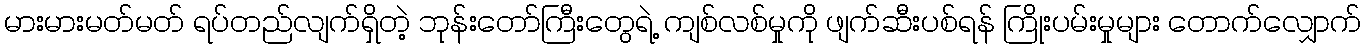
မားမားမတ်မတ် ရပ်တည်လျက်ရှိတဲ့ ဘုန်းတော်ကြီးတွေရဲ့ ကျစ်လစ်မှုကို ဖျက်ဆီးပစ်ရန် ကြိုးပမ်းမှုများ တောက်လျှောက်